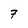
Character: 7